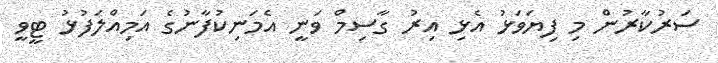
ސަރުކާރުން މި ފިޔަވަޅު އެޅި އިރު ގާސިމް ވަނީ އެމަނިކުފާނުގެ އަމިއްލަފުޅު ޓީވީ